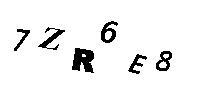
7ZR6E8